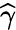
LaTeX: \widehat{\gamma}